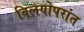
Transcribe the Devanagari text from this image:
विलयोपरांत